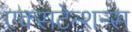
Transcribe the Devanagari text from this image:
एक्सटेन्शन्स